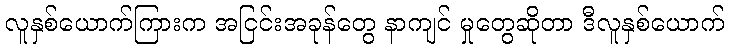
လူနှစ်ယောက်ကြားက အငြင်းအခုန်တွေ နာကျင် မှုတွေဆိုတာ ဒီလူနှစ်ယောက်